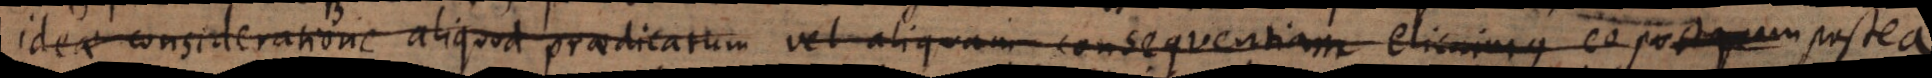
ideae consideratione aliquod praedicatum vel aliquam consequentiam elicuimus eo postquam postea